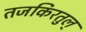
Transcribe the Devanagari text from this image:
तजकिरतुल्